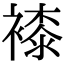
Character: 𧜝